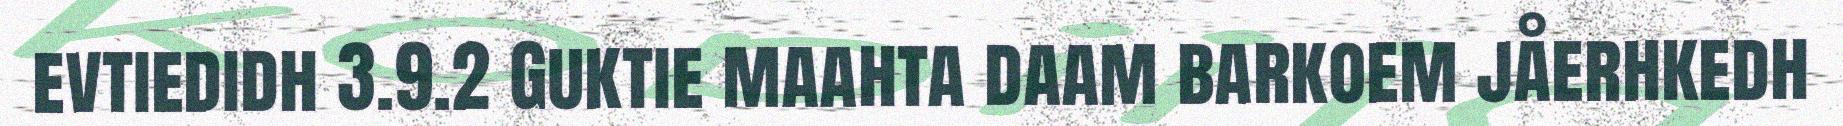
evtiedidh 3.9.2 Guktie maahta daam barkoem jåerhkedh